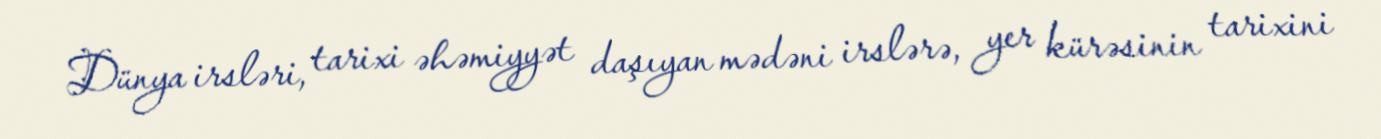
Dünya irsləri, tarixi əhəmiyyət daşıyan mədəni irslərə, yer kürəsinin tarixini